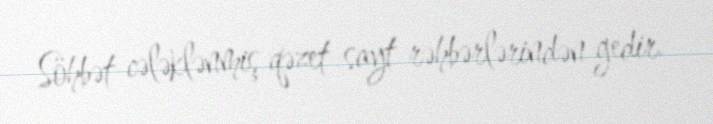
Söhbət cələklənmiş qəzet-sayt rəhbərlərindən gedir.